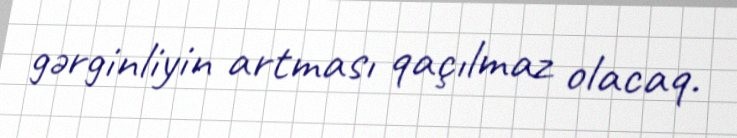
gərginliyin artması qaçılmaz olacaq.